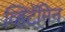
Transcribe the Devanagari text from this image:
व्हिटॅमिन